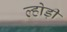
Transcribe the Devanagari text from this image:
ल्होड़ी